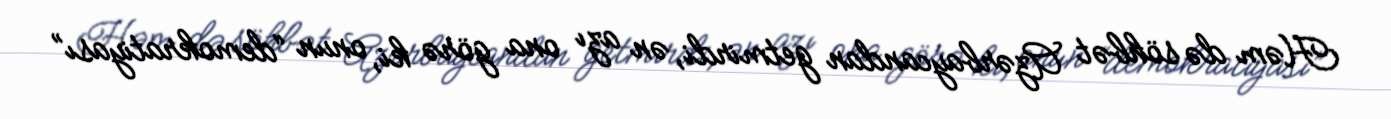
Həm də söhbət Azərbaycandan getmirdi, ən azı ona görə ki, onun “demokratiyası”